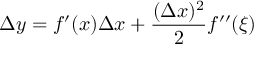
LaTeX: \Delta y = f ^ { \prime } ( x ) \Delta x + { \frac { ( \Delta x ) ^ { 2 } } { 2 } } f ^ { \prime \prime } ( \xi )